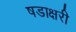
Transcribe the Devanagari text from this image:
षडाक्षरी